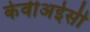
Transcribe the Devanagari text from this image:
केवीअईसी